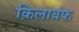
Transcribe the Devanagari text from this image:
क़िलाबंफ